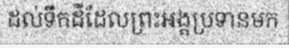
ដល់ទឹកដីដែលព្រះអង្គប្រទានមក